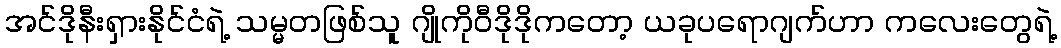
အင်ဒိုနီးရှားနိုင်ငံရဲ့ သမ္မတဖြစ်သူ ဂျိုကိုဝီဒိုဒိုကတော့ ယခုပရောဂျက်ဟာ ကလေးတွေရဲ့